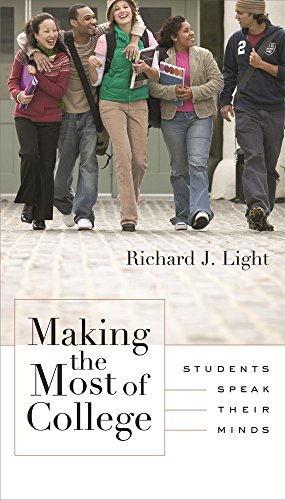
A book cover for Making the Most of College: Students Speak Their Minds; Richard J. Light; Education & Teaching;